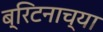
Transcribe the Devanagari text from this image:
ब्रिटनाच्या